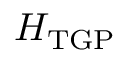
H _ { \mathrm { T G P } }